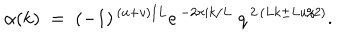
\alpha ( k ) \; = \; ( - 1 ) ^ { \, ( u + v ) / L } e ^ { \, - 2 \pi i k / L } \; q ^ { \, 2 \, ( L k \pm L u / 2 ) } .